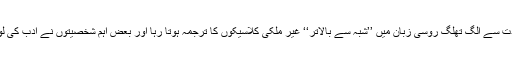
اس احتسابی شدت سے الگ تھلگ روسی زبان میں ’’شبہ سے بالاتر‘‘ غیر ملکی کلاسیکوں کا ترجمہ ہوتا رہا اور بعض اہم شخصیتوں نے ادب کی لو اونچی رکھی۔